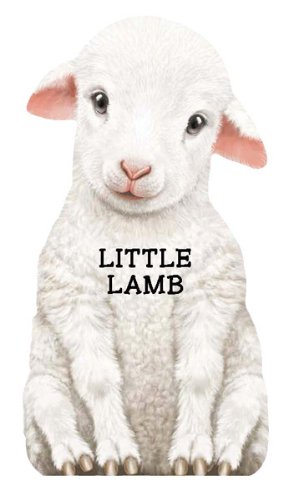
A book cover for Little Lamb (Mini Look at Me Books); Children's Books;